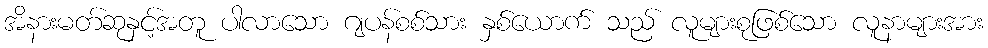
အိနားမတ်ဆုနှင့်အတူ ပါလာသော ဂျပန်စစ်သား နှစ်ယောက် သည် လူများစုဖြစ်သော လူနာများအား